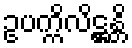
ဥပက္ကိလိဋ္ဌန္တိ